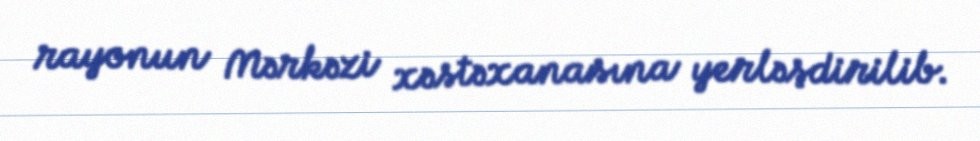
rayonun Mərkəzi xəstəxanasına yerləşdirilib.